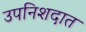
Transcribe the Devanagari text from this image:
उपनिशदात